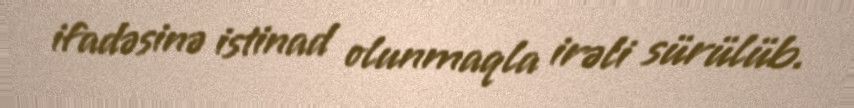
ifadəsinə istinad olunmaqla irəli sürülüb.